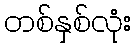
တစ်နှစ်လုံး